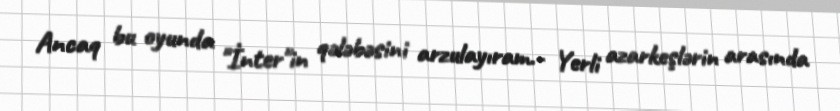
Ancaq bu oyunda "İnter"in qələbəsini arzulayıram.- Yerli azarkeşlərin arasında